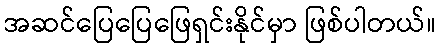
အဆင်ပြေပြေဖြေရှင်းနိုင်မှာ ဖြစ်ပါတယ်။